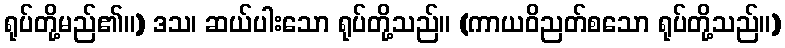
ရုပ်တို့မည်၏။) ဒသ၊ ဆယ်ပါးသော ရုပ်တို့သည်။ (ကာယဝိညတ်စသော ရုပ်တို့သည်။)